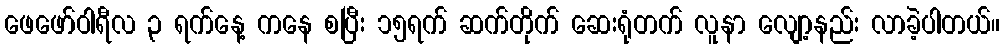
ဖေဖော်ဝါရီလ ၃ ရက်နေ့ ကနေ စပြီး ၁၅ရက် ဆက်တိုက် ဆေးရုံတက် လူနာ လျော့နည်း လာခဲ့ပါတယ်။